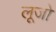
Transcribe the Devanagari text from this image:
लूजो